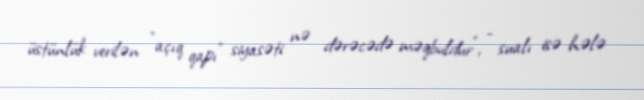
üstünlük verilən ”açıq qapı" siyasəti nə dərəcədə məqbuldur", - sualı isə hələ